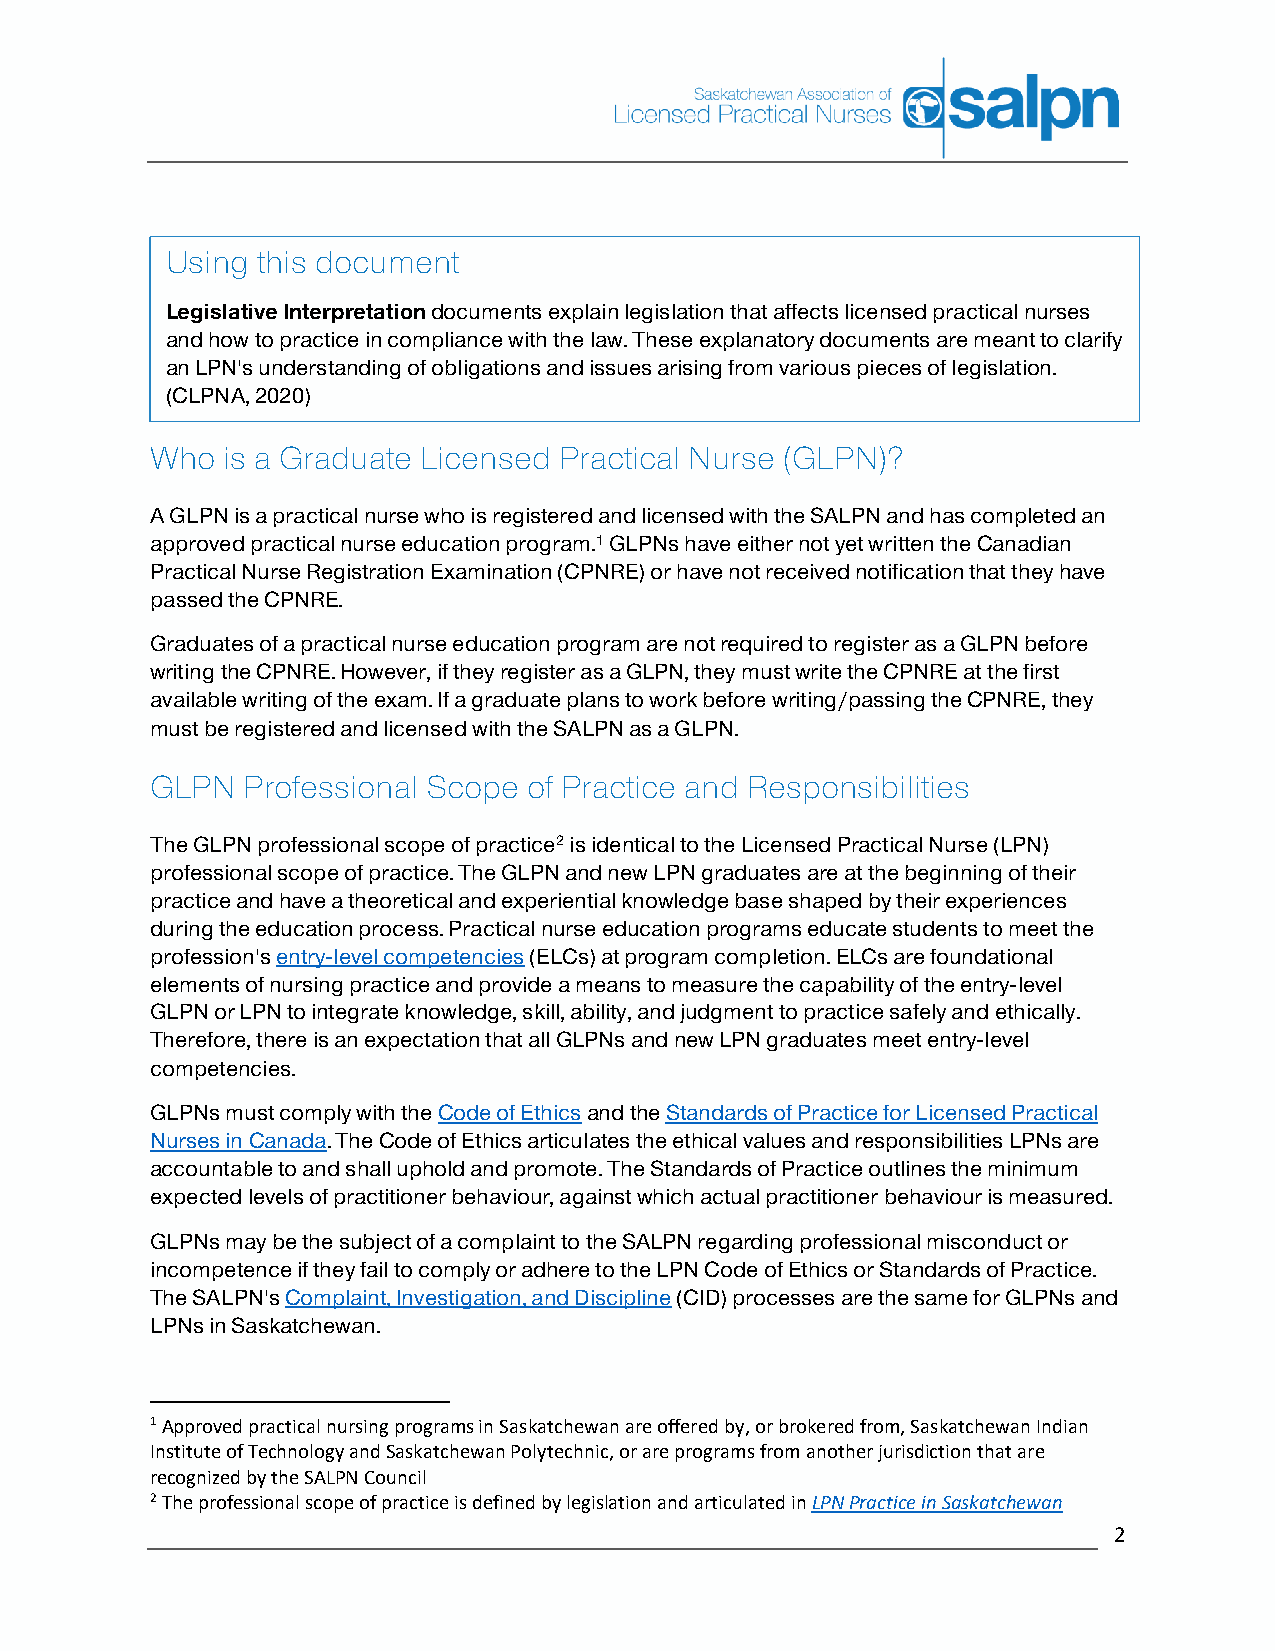
Using this document
 Legislative Interpretation documents explain legislation that affects licensed practical nurses
 and how to practice in compliance with the law. These explanatory documents are meant to clarify
 an LPN's understanding of obligations and issues arising from various pieces of legislation.
 (CLPNA, 2020)
 Who  is a Graduate Licensed Practical Nurse (GLPN)?
 A GLPN is a practical nurse who is registered and licensed with the SALPN and has completed an
 approved practical nurse education program.1 GLPNs have either not yet written the Canadian
 Practical Nurse Registration Examination (CPNRE) or have not received notification that they have
 passed the CPNRE.
 Graduates of a practical nurse education program are not required to register as a GLPN before
 writing the CPNRE. However, if they register as a GLPN, they must write the CPNRE at the first
 available writing of the exam. If a graduate plans to work before writing/passing the CPNRE, they
 must be registered and licensed with the SALPN as a GLPN.
 GLPN  Professional Scope of Practice and Responsibilities
 The GLPN professional scope of practice2 is identical to the Licensed Practical Nurse (LPN)
 professional scope of practice. The GLPN and new LPN graduates are at the beginning of their
 practice and have a theoretical and experiential knowledge base shaped by their experiences
 during the education process. Practical nurse education programs educate students to meet the
 profession's entry-level competencies (ELCs) at program completion. ELCs are foundational
 elements of nursing practice and provide a means to measure the capability of the entry-level
 GLPN or LPN to integrate knowledge, skill, ability, and judgment to practice safely and ethically.
 Therefore, there is an expectation that all GLPNs and new LPN graduates meet entry-level
 competencies.
 GLPNs must comply with the Code of Ethics and the Standards of Practice for Licensed Practical
 Nurses in Canada. The Code of Ethics articulates the ethical values and responsibilities LPNs are
 accountable to and shall uphold and promote. The Standards of Practice outlines the minimum
 expected levels of practitioner behaviour, against which actual practitioner behaviour is measured.
 GLPNs may be the subject of a complaint to the SALPN regarding professional misconduct or
 incompetence if they fail to comply or adhere to the LPN Code of Ethics or Standards of Practice.
 The SALPN's Complaint, Investigation, and Discipline (CID) processes are the same for GLPNs and
 LPNs in Saskatchewan.
 1 Approved practical nursing programs in Saskatchewan are offered by, or brokered from, Saskatchewan Indian
 Institute of Technology and Saskatchewan Polytechnic, or are programs from another jurisdiction that are
 recognized by the SALPN Council
 2 The professional scope of practice is defined by legislation and articulated in LPN Practice in Saskatchewan
 2